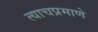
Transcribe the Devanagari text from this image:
त्‍याचप्रमाणे